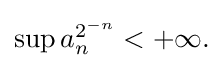
{\textstyle \sup a_{n}^{2^{-n}}<+\infty .}